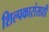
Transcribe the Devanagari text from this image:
शिल्पकारांसाठी